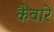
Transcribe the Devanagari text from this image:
कैवारे